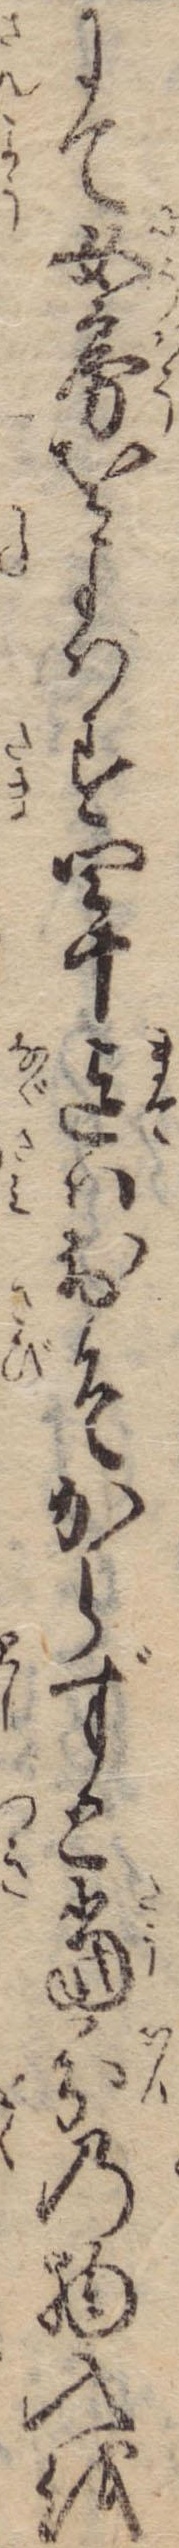
にて女房をよはず四十迄はおそからずと当分の物入を